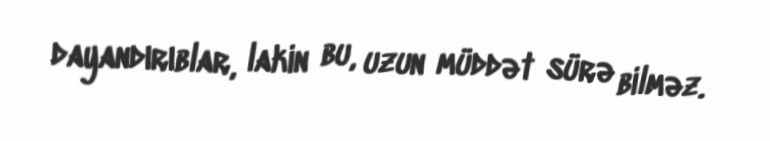
dayandırıblar, lakin bu, uzun müddət sürə bilməz.